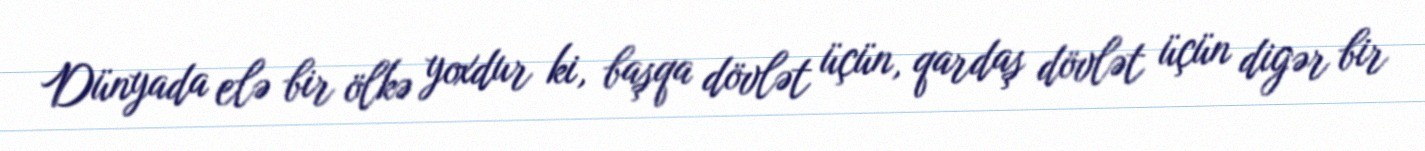
Dünyada elə bir ölkə yoxdur ki, başqa dövlət üçün, qardaş dövlət üçün digər bir